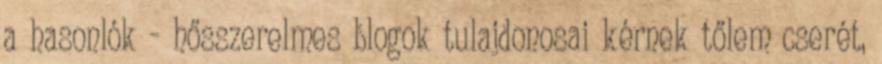
a hasonlók - hősszerelmes blogok tulajdonosai kérnek tőlem cserét,